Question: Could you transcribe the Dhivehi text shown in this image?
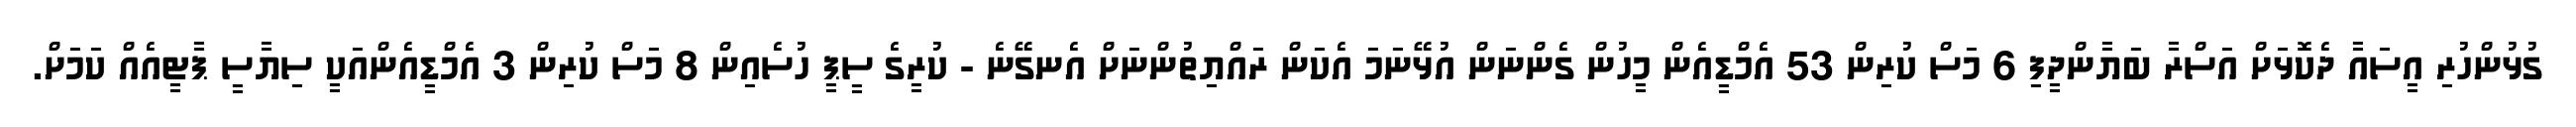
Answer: ގުޅުންހުރި އީސައާ ދެކޮޅަށް އަސްރާ ބަޔާންދީފި 6 މަސް ކުރިން 53 އެމްޑީއެން މީހުން ގެންނަން އުޅޭނަމަ އެކަން ރައްޔިތުންނަށް އެނގޭނެ - ކުރީގެ ސީޕީ ހުސެއިން 8 މަސް ކުރިން 3 އެމްޑީއެންއަކީ ސިޔާސީ ޕާޓީއެއް ކަމަށް.